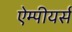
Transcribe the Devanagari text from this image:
ऐम्पीयर्स